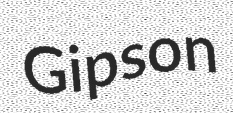
Gipson